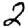
Digit: 2